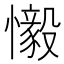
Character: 𫻗